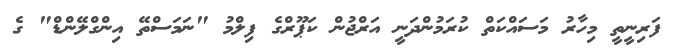
ފަރިނީތީ މިހާރު މަސައްކަތް ކުރަމުންދަނީ އަރްޖުން ކަޕޫރްގެ ފިލްމު "ނަމަސްތޭ އިންގްލޭންޑް" ގެ